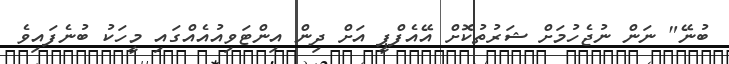
ބުނޭ" ނަން ނުޖެހުމަށް ޝަރުތުކޮށް އޭއެފްޕީ އަށް ދިން އިންޓަވިއުއެއްގައި މީހަކު ބުނެފައިވެ